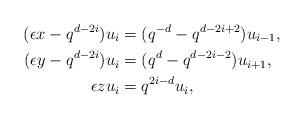
LaTeX: \begin{align*}(\epsilon x - q^{d-2i})u_{i} &= (q^{-d}-q^{d-2i+2})u_{i-1},\\(\epsilon y - q^{d-2i})u_{i} &= (q^d-q^{d-2i-2})u_{i+1}, \\\epsilon z u_{i} &= q^{2i-d}u_{i},\end{align*}